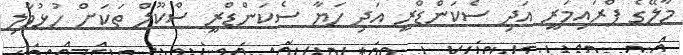
މާލޭގެ ޕްރައިމަރީ އަދި ސެކަންޑްރީ އަދި ހަޔާ ސެކަންޑްރީ ސްކޫލް ތަކަށް ހުޅުވާލި